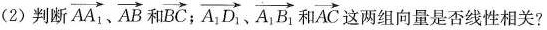
(2)判断\overrightarrow{AA_{1}} 、\overrightarrow{AB}和\overrightarrow{BC}；\overrightarrow{A_{1}D_{1}}和\overrightarrow{AC}者两组向量是否线性相关？